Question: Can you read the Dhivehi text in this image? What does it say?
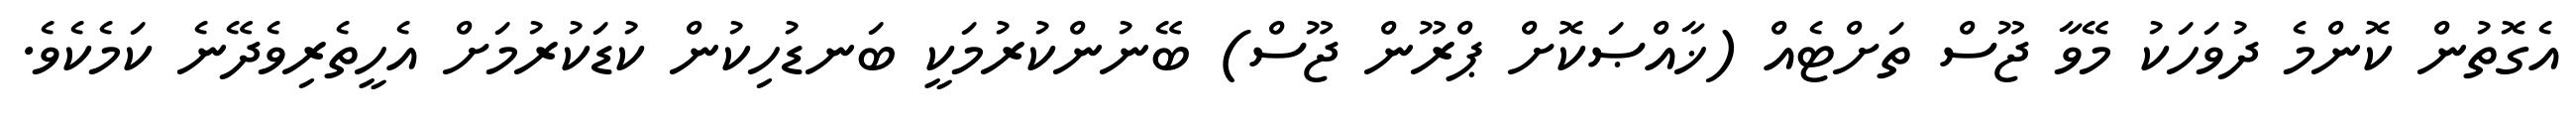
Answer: އެގޮތުން ކޮންމެ ދުވަހަކު މޭވާ ޖޫސް ތަށްޓެއް (ޚާއްޞަކޮށް ޕްރޫން ޖޫސް) ބޭނުންކުރުމަކީ ބަނޑުހިކުން ކުޑަކުރުމަށް އެހީތެރިވެދޭނެ ކަމެކެވެ.